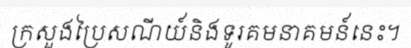
ក្រសួងប្រៃសណីយ៍និងទូរគមនាគមន៍នេះ។